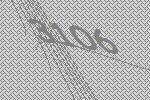
3106